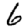
Digit: 6